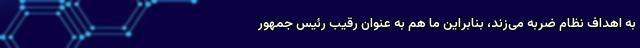
به اهداف نظام ضربه می‌زند، بنابراین ما هم به عنوان رقیب رئیس جمهور